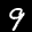
Label: 9